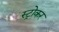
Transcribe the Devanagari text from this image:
स्ट्रोकर